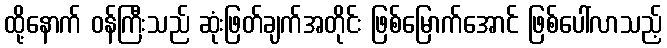
ထို့နောက် ဝန်ကြီးသည် ဆုံးဖြတ်ချက်အတိုင်း ဖြစ်မြောက်အောင် ဖြစ်ပေါ်လာသည့်